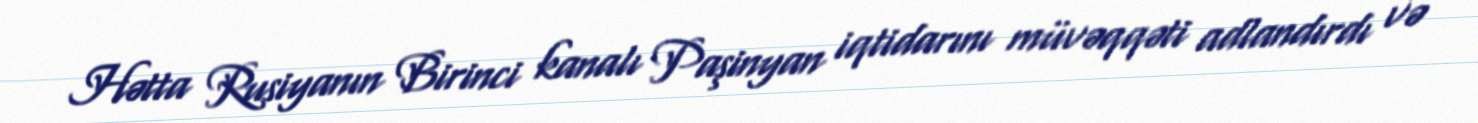
Hətta Rusiyanın Birinci kanalı Paşinyan iqtidarını müvəqqəti adlandırdı və